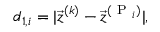
d _ { 1 , i } = | \vec { z } ^ { ( k ) } - \vec { z } ^ { ( \mathrm { ~ P ~ } _ { i } ) } | ,